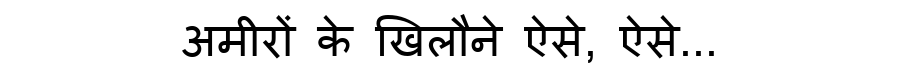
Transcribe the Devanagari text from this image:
अमीरों के खिलौने ऐसे, ऐसे...